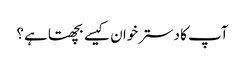
آپ کا دسترخوان کیسے بچھتا ہے؟